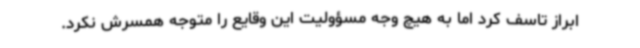
ابراز تاسف کرد اما به هیچ‌ وجه مسؤولیت این وقایع را متوجه همسرش نکرد.